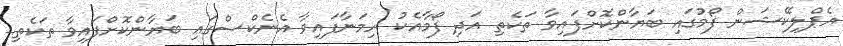
އެޕްލިކޭޝަން ފޯމުގައި ބަޔާންކޮށްފައިވާ ތަކެތި އަދި ފޯމާއެކު ހިމަނާފައިވާ އެނެކްސްގައި ބަޔާންކޮށްފައިވާ ތަކެތި.